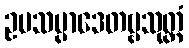
ဥပသမ္ပာဒေတဗ္ဗသုတ္တံ